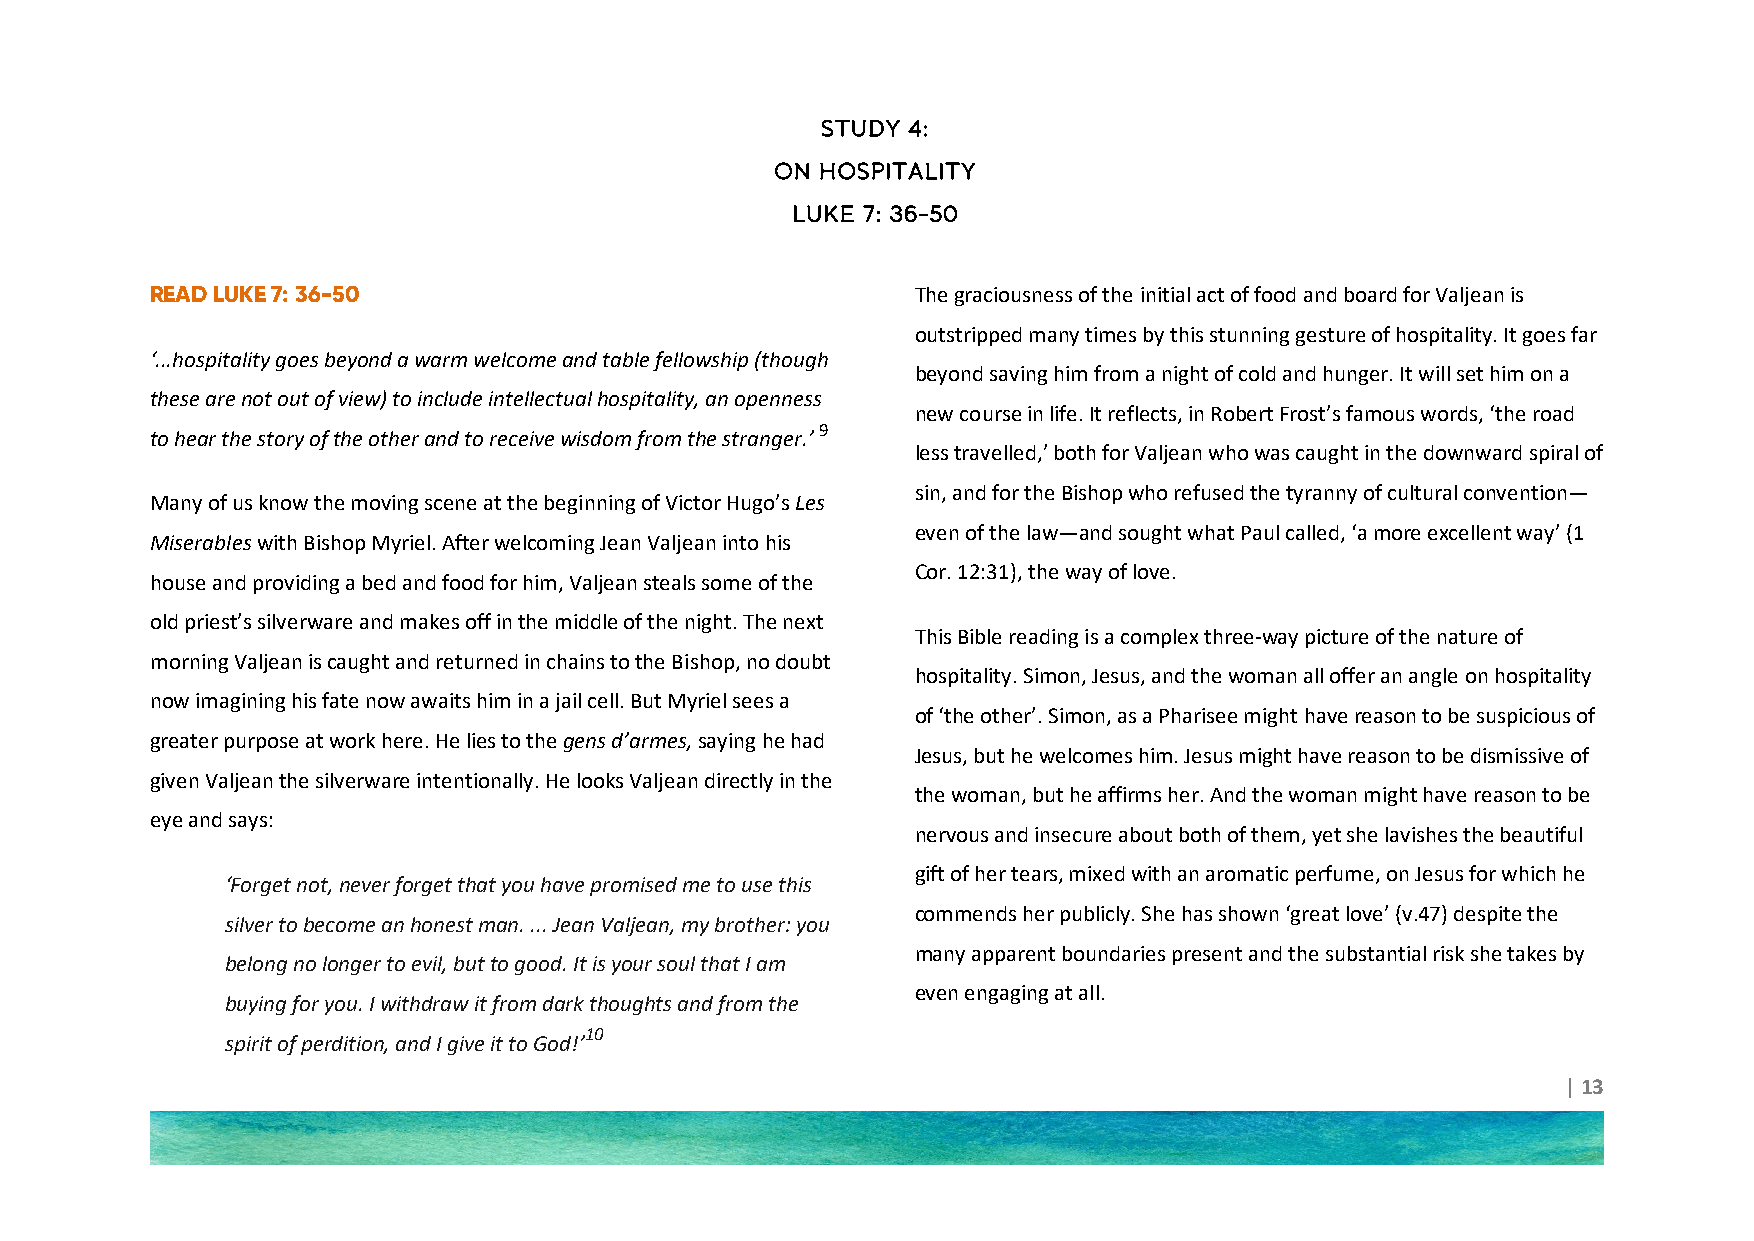
STUDY 4:
 ON HOSPITALITY
 LUKE 7: 36-50
 READ LUKE 7: 36-50                                 The graciousness of the initial act of food and board for Valjean is
 outstripped many times by this stunning gesture of hospitality. It goes far
 ‘...hospitality goes beyond a warm welcome and table fellowship (though
 beyond saving him from a night of cold and hunger. It will set him on a
 these are not out of view) to include intellectual hospitality, an openness
 new course in life. It reflects, in Robert Frost’s famous words, ‘the road
 9
 to hear the story of the other and to receive wisdom from the stranger.’
 less travelled,’ both for Valjean who was caught in the downward spiral of
 sin, and for the Bishop who refused the tyranny of cultural convention—
 Many of us know the moving scene at the beginning of Victor Hugo’s Les
 even of the law—and sought what Paul called, ‘a more excellent way’ (1
 Miserables with Bishop Myriel. After welcoming Jean Valjean into his
 Cor. 12:31), the way of love.
 house and providing a bed and food for him, Valjean steals some of the
 old priest’s silverware and makes off in the middle of the night. The next
 This Bible reading is a complex three-way picture of the nature of
 morning Valjean is caught and returned in chains to the Bishop, no doubt
 hospitality. Simon, Jesus, and the woman all offer an angle on hospitality
 now imagining his fate now awaits him in a jail cell. But Myriel sees a
 of ‘the other’. Simon, as a Pharisee might have reason to be suspicious of
 greater purpose at work here. He lies to the gens d’armes, saying he had
 Jesus, but he welcomes him. Jesus might have reason to be dismissive of
 given Valjean the silverware intentionally. He looks Valjean directly in the
 the woman, but he affirms her. And the woman might have reason to be
 eye and says:
 nervous and insecure about both of them, yet she lavishes the beautiful
 gift of her tears, mixed with an aromatic perfume, on Jesus for which he
 ‘Forget not, never forget that you have promised me to use this
 commends her publicly. She has shown ‘great love’ (v.47) despite the
 silver to become an honest man. ... Jean Valjean, my brother: you
 many apparent boundaries present and the substantial risk she takes by
 belong no longer to evil, but to good. It is your soul that I am
 even engaging at all.
 buying for you. I withdraw it from dark thoughts and from the
 10
 spirit of perdition, and I give it to God!’
 | 13